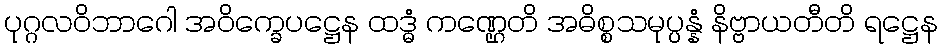
ပုဂ္ဂလဝိဘာဂေါ အဝိက္ခေပဋ္ဌေန ထဒ္ဓံ ကဏ္ဌေတိ အဓိစ္စသမုပ္ပန္နံ နိဗ္ဗာယတီတိ ရဋ္ဌေန